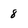
Character: 8